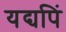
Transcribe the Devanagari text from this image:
यद्यपिं